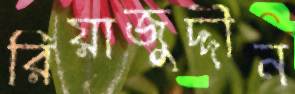
রিয়াজুদ্দীন